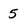
Character: 5